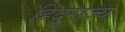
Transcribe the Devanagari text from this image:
हिंदुराज्य